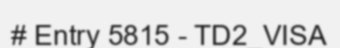
# Entry 5815 - TD2_VISA